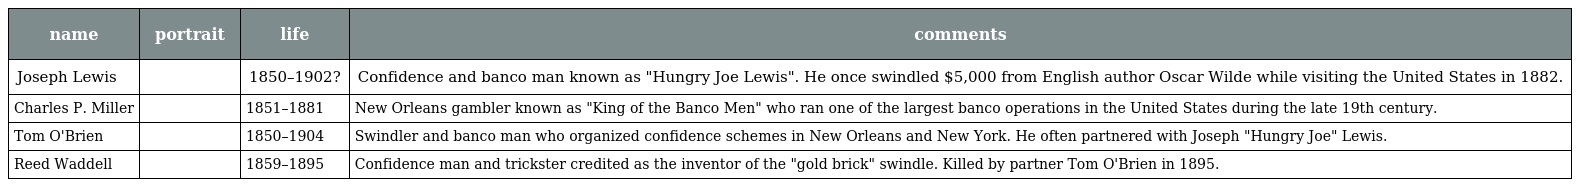
| name | portrait | life | comments |
 | --- | --- | --- | --- |
 | Joseph Lewis |  | 1850–1902? | Confidence and banco man known as "Hungry Joe Lewis". He once swindled $5,000 from English author Oscar Wilde while visiting the United States in 1882. |
 | Charles P. Miller |  | 1851–1881 | New Orleans gambler known as "King of the Banco Men" who ran one of the largest banco operations in the United States during the late 19th century. |
 | Tom O'Brien |  | 1850–1904 | Swindler and banco man who organized confidence schemes in New Orleans and New York. He often partnered with Joseph "Hungry Joe" Lewis. |
 | Reed Waddell |  | 1859–1895 | Confidence man and trickster credited as the inventor of the "gold brick" swindle. Killed by partner Tom O'Brien in 1895. |